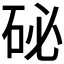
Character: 𥑖